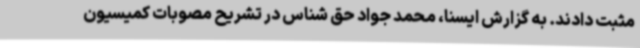
مثبت دادند. به گزارش ایسنا، محمد جواد حق شناس در تشریح مصوبات کمیسیون